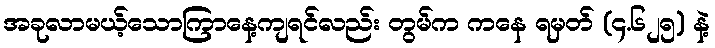
အခုလာမယ့်သောကြာနေ့ကျရင်လည်း တွမ်က ကနေ ရမှတ် (၄.၆၂၅) နဲ့